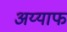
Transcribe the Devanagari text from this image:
अय्याफ